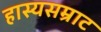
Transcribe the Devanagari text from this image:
हास्यसम्राट